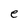
Character: e